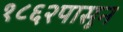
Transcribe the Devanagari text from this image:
१८६२पासून